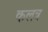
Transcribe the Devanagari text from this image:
कलत्र